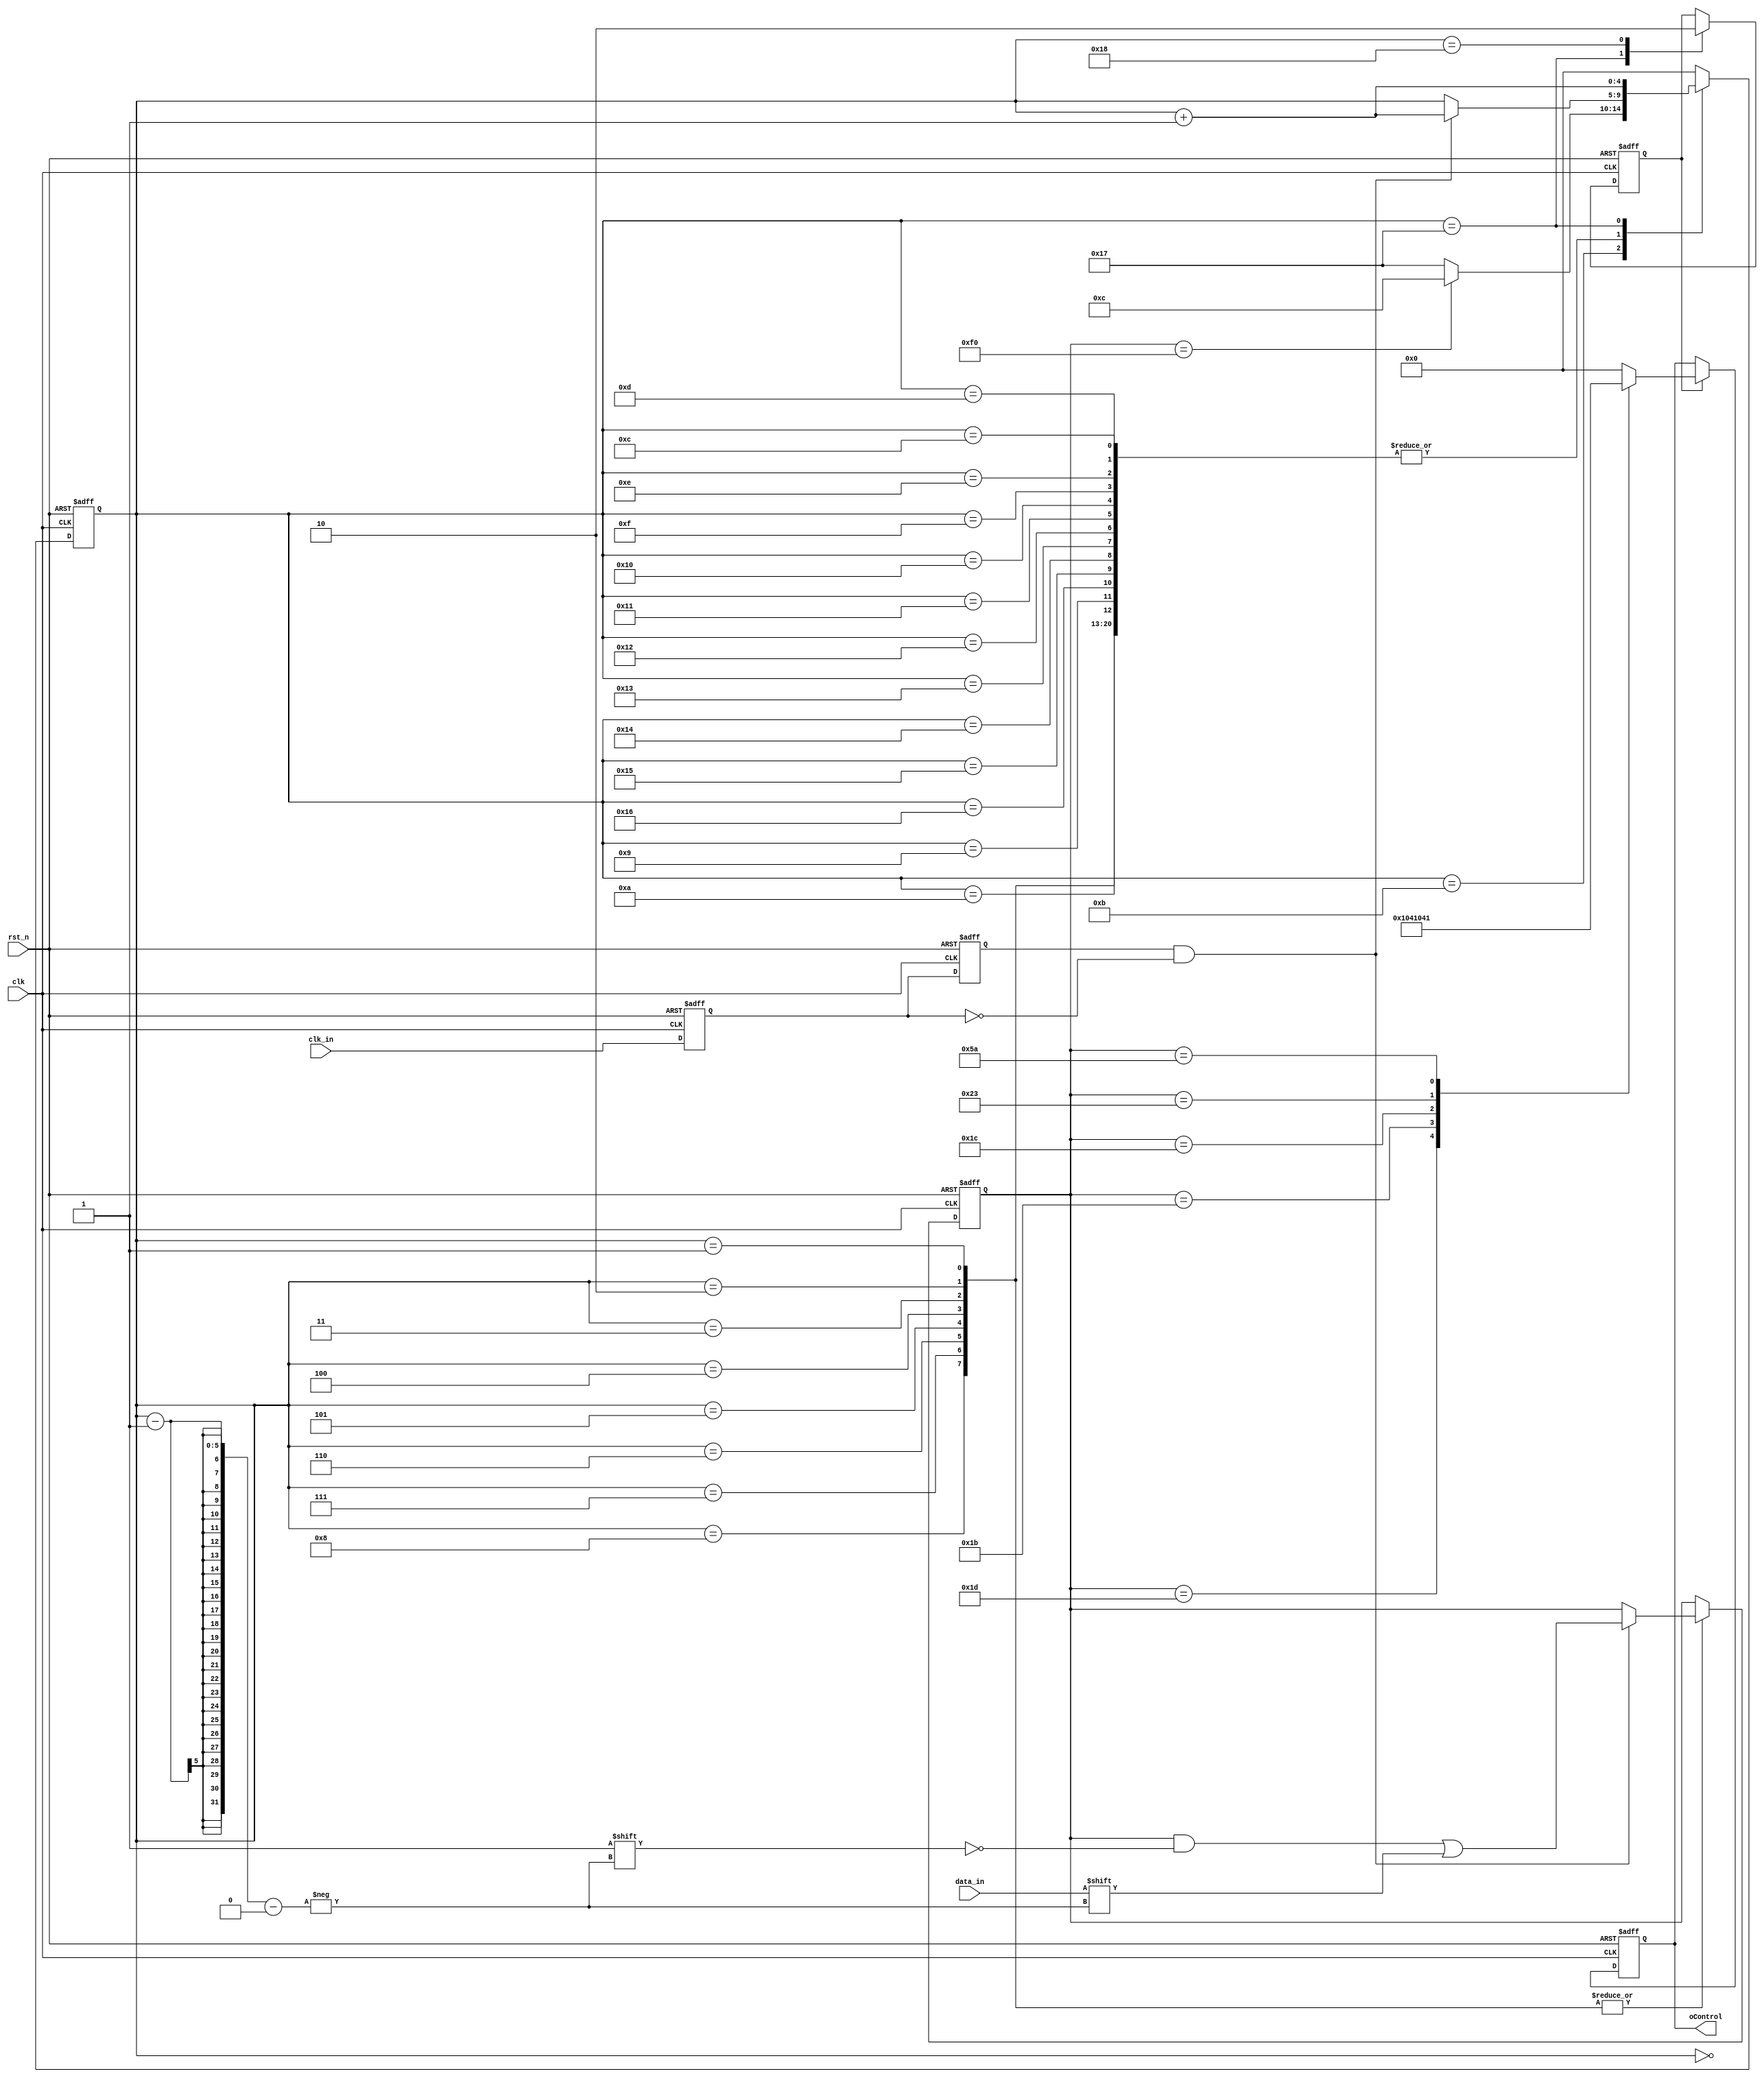
module KeyBoard (  
    input clk, 
    input rst_n,  
    input data_in, 
    input clk_in,   
    output reg[4:0] oControl 
);

reg r1, r2; 
reg[7:0] ps2_data; 
reg[4:0] i; 
wire ps2_clk_n; 
reg done_flag;

always @(posedge clk or negedge rst_n) begin 
    if (!rst_n) begin 
        r1 <= 1'b0; 
		r2 <= 1'b0; 
	end 
    else begin 
		r1 <= clk_in; 
		r2 <= r1; 
	end 
end

assign ps2_clk_n = r2&(!r1); 
  
always @(posedge clk or negedge rst_n) begin 
	if(!rst_n) begin 
		i<= 'd0; 
		done_flag <= 1'b0; 
		ps2_data <= 8'b0; 
	end 
	else begin 
        case(i) 
		    'd0: 
			begin 
			    if (ps2_clk_n) begin
                    i <= i + 1'b1;
                end  
                else begin 
                    i <= i; 
                end
            end 
            'd1, 'd2, 'd3, 'd4, 'd5, 'd6, 'd7, 'd8:  
			begin 
				if (ps2_clk_n) begin 
					i <= i + 1'b1; 
					ps2_data[i-1] <= data_in; 
				end 
				else begin 
                    i <= i;
                end 
			end 
			'd9,'d10: 
			begin 
				if (ps2_clk_n) begin 
					i <= i + 1'b1; 
                end
				else begin 
					i <= i;
                end 
			end 
			'd11:
			begin 
				if (ps2_data==8'hF0) begin
					i <= 'd12; 
				end
				else begin
					i <= 'd23;
                end 
			end 
			'd12,'d13,'d14,'d15,'d16,'d17,'d18,'d19,'d20,'d21,'d22: 
			begin 
				if (ps2_clk_n) begin 
					i <= i + 1'b1;
                end
				else begin 
					i <= i;
                end 
			end 
			'd23: 
			begin 
				i <= i + 1'b1; 
				done_flag <= 1'b1; 
			end 
			'd24: 
			begin 
				i <= 'd0; 
				done_flag <= 1'b0; 
			end 
			default:
            begin
                i <= 'd0;
            end 
		endcase
	end
end

always @(posedge clk or negedge rst_n) begin 
	if (!rst_n) begin 
		oControl <= 5'b00000;
    end 
	else if (done_flag) begin 
		case(ps2_data) 
			8'h1d:
            begin 
				oControl <= 5'b10000;
			end 
			8'h1b://down
			begin 
				oControl <= 5'b01000; 
			end 
			8'h1C: //left
			begin 
				oControl <= 5'b00100;; 
			end 
			8'h23://right 
			begin 
				oControl <= 5'b00010; 
			end 
			8'h5a: //begin
			begin 
				oControl <= 5'b00001; 
			end		
			default: 
            begin
                oControl <= 5'b00000;
            end	    
		endcase
    end
end

endmodule